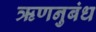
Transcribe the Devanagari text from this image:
ऋणनुबंध